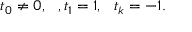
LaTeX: t _ { 0 } \neq 0 , \, \, \, \, , t _ { 1 } = 1 , \, \, \, \, t _ { k } = - 1 .